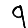
Digit: 9